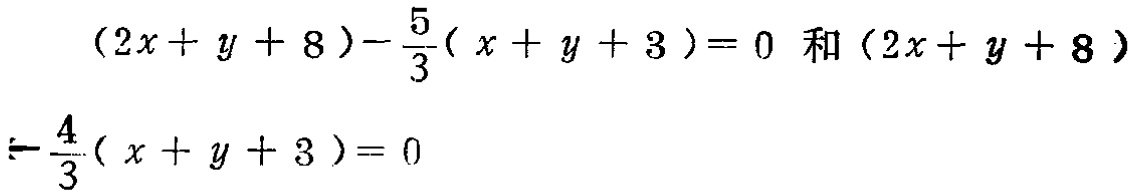
\((2x + y + 8)-\frac{5}{3}(x + y + 3)=0\) 和 \((2x + y + 8)-\frac{4}{3}(x + y + 3)=0\)